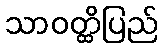
သာဝတ္ထိပြည်